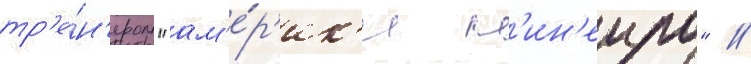
тр'е́н'ером "ам'е́р'ик'и м'ин'еиро" //